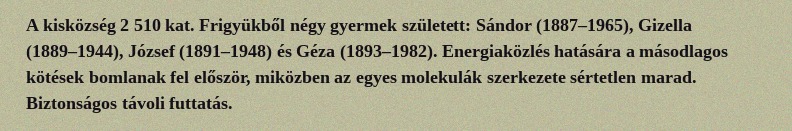
A kisközség 2 510 kat. Frigyükből négy gyermek született: Sándor (1887–1965), Gizella (1889–1944), József (1891–1948) és Géza (1893–1982). Energiaközlés hatására a másodlagos kötések bomlanak fel először, miközben az egyes molekulák szerkezete sértetlen marad. Biztonságos távoli futtatás.